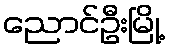
ညောင်ဦးမြို့